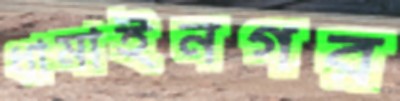
ধামাইনগর